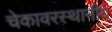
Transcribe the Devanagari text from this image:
चेकावरस्थानीय